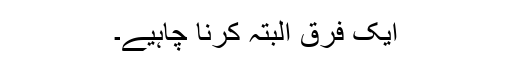
ایک فرق البتہ کرنا چاہیے۔